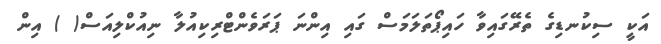
އަކީ ސިކުނޑިގެ ތެރޭގައިވާ ހައިޕޯތަލަމަސް ގައި އިންނަ ޕަރަވެންޓްރިކިއުލާ ނިއުކްލިއަސް( ) އިން